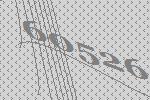
60526